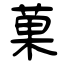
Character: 菓